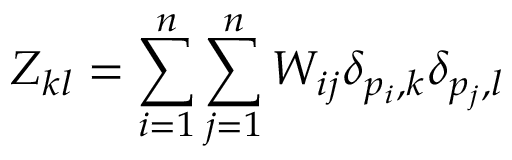
Z _ { k l } = \sum _ { i = 1 } ^ { n } \sum _ { j = 1 } ^ { n } W _ { i j } \delta _ { p _ { i } , k } \delta _ { p _ { j } , l }